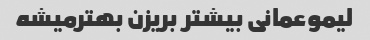
لیموعمانی بیشتر بریزن بهترمیشه